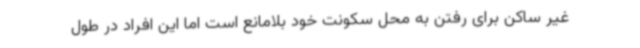
غیر ساکن برای رفتن به محل سکونت خود بلامانع است اما این افراد در طول